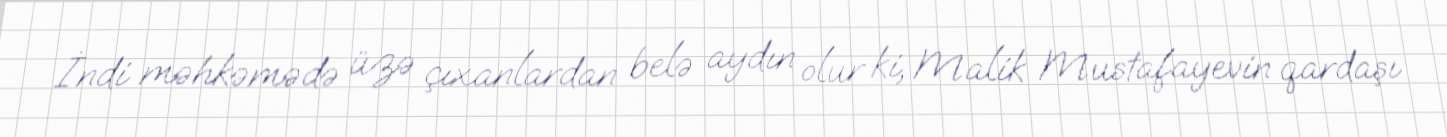
İndi məhkəmədə üzə çıxanlardan belə aydın olur ki, Malik Mustafayevin qardaşı